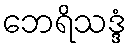
ဘေရိသဒ္ဒံ